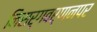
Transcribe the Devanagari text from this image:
निसर्गवर्णनपर